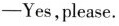
——Yes,please.